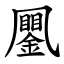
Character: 䥚